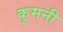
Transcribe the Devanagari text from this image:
कुमनी